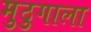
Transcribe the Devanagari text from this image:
मुठुगाला